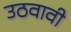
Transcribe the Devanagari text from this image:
उठवावी